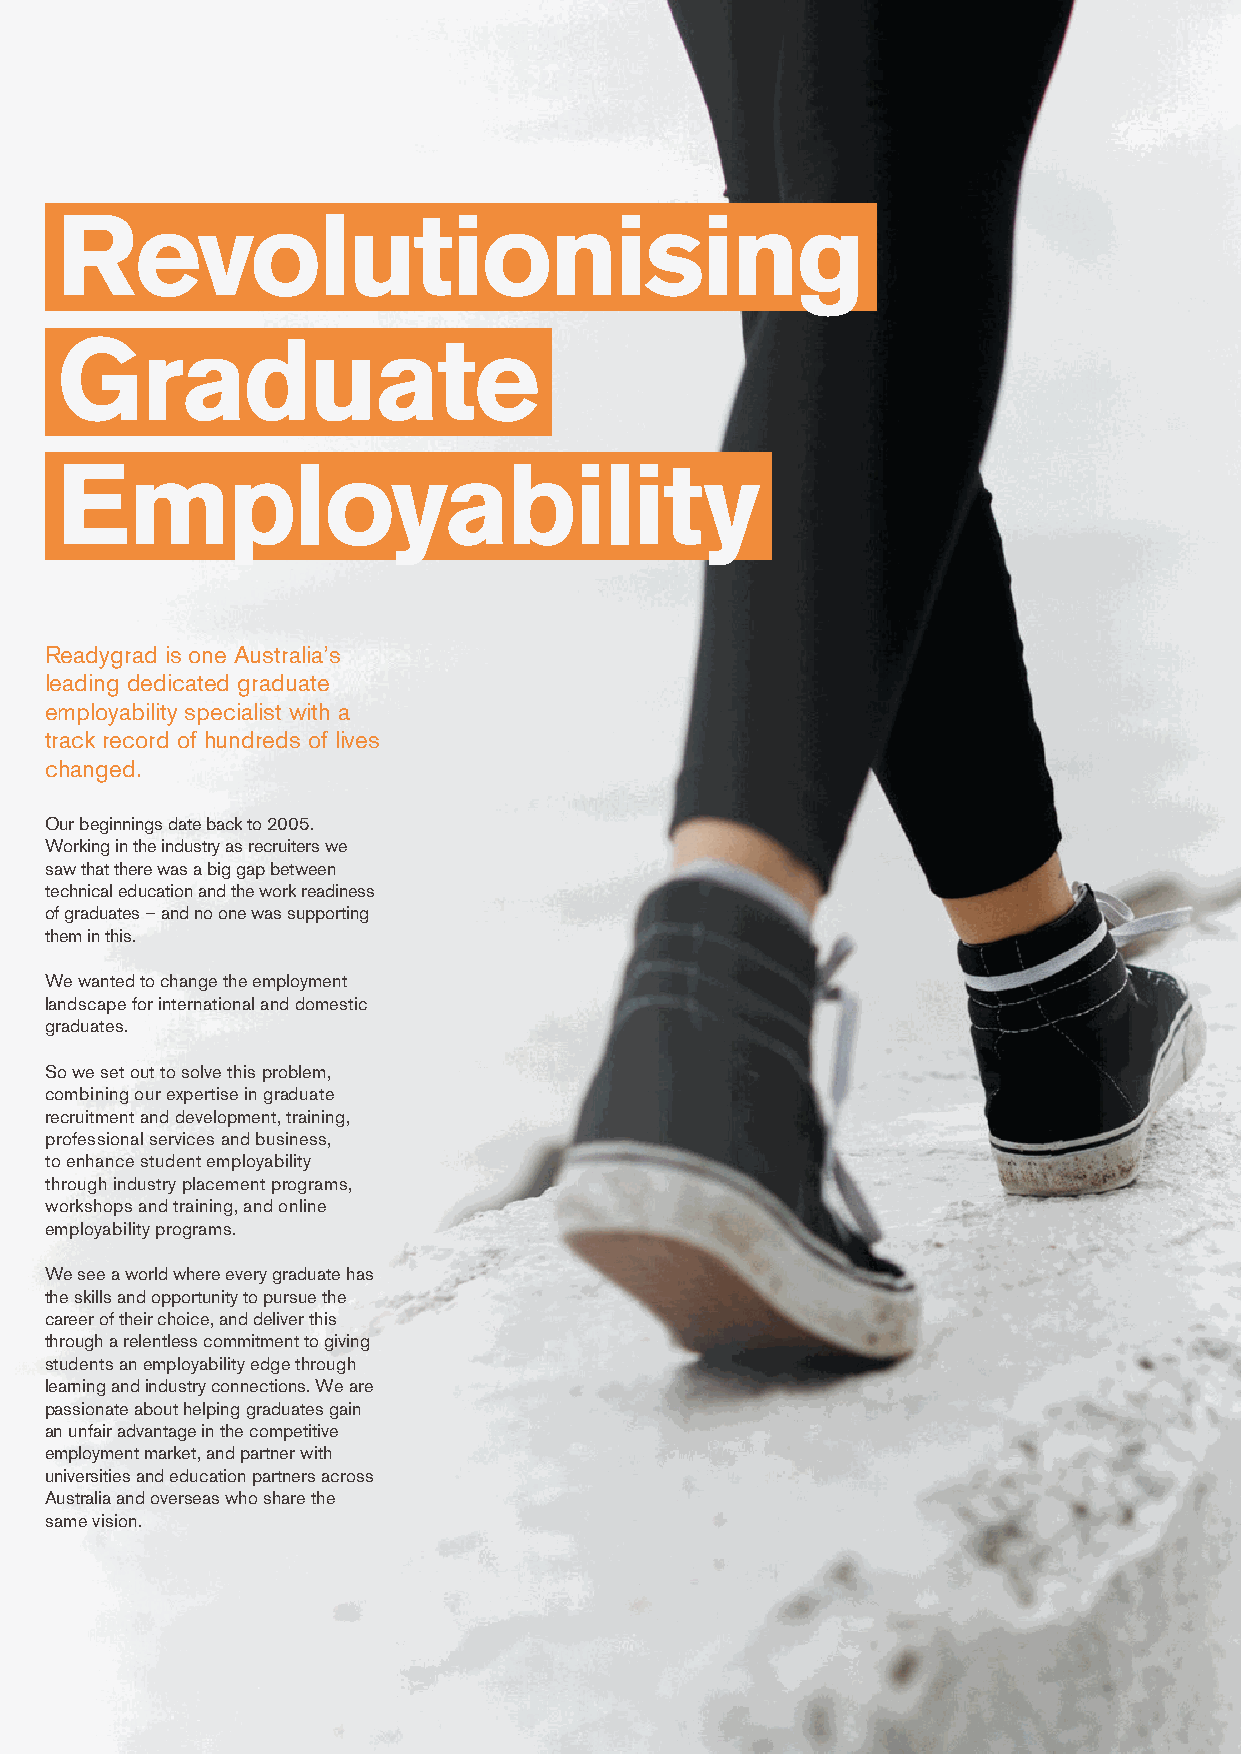
Revolutionising                                                                     The     choice       for
 universities          and
 education          institutes
 Graduate
 Discover why top universities and institutes are
 choosing to partner with Readygrad.
 Employability
 Graduate Recruitment &
 We’ve helped over
 Development Specialists
 25,000
 Our background includes managing graduate recruitment and development
 programs for large corporations including BHP Billiton, Rio Tinto, NAB and BP
 Readygrad is one Australia’s                                                         Australia. Embedded in all our programs is contemporary, best practice graduate graduates get started in their careers
 through our programs
 leading dedicated graduate                                                           recruitment and development expertise, and insight from an employer perspective
 to get graduates kick-started in their careers.
 employability specialist with a
 track record of hundreds of lives
 Access to our network of
 changed.
 Industry Connections                                  5,750+
 Our deep industry connections provide a wealth of opportunities for partners
 Our beginnings date back to 2005.
 looking to offer students relevant industry based placements within our
 Working in the industry as recruiters we                                                                                                   industry partners including some of
 network, and ensures our employability training programs always reflect
 saw that there was a big gap between                                                                                                       Australia’s largest corporations and
 what industry is demanding from graduates today.
 technical education and the work readiness                                                                                                 most recognisable brand names
 of graduates – and no one was supporting
 them in this.
 Collaboration & Partnership
 95%
 We wanted to change the employment
 landscape for international and domestic                                             All of our offerings can be tailored to meet your students’ needs, and are
 graduates.                                                                           designed to build on and enhance your existing graduate employability
 strategy. From in-curriculum consultation and program design, to employability of students would recommend
 So we set out to solve this problem,                                                 training, program delivery and plug-in solutions we work with you to give your Readygrad to a friend
 combining our expertise in graduate                                                  graduates an unfair advantage in a competitive employment market.
 recruitment and development, training,
 professional services and business,                                                                                                        99%
 to enhance student employability                                                     Outstanding Program Outcomes
 through industry placement programs,
 workshops and training, and online                                                   Our programs are designed with clear learning outcomes mapped to critical
 developed their communication,
 employability programs.                                                              employability skills. Participants of our programs report improvements in skill problem solving and career-related
 development towards their final career objectives, increased understanding of skills
 We see a world where every graduate has                                              the professional workplace, and a boost in communication skills and confidence.
 the skills and opportunity to pursue the
 career of their choice, and deliver this
 Specialist WIL placement team
 through a relentless commitment to giving                                            Instant Scalability
 facilitating
 students an employability edge through
 learning and industry connections. We are                                            Our programs offer instant scalability to your existing employability strategy 600+
 passionate about helping graduates gain                                              whether it be online programs, additional workshops and seminars, or access
 an unfair advantage in the competitive                                               to our specialist team and network of companies. With a growing team of
 employment market, and partner with                                                  40+ WIL placement specialists we are able to provide additional resources industry placements a month
 universities and education partners across                                           when and where you need them most.
 Australia and overseas who share the
 same vision.
 Statistics are from a 2018 internship exit evaluation survey of 3,604 students. This information is correct at time of publishing – March 2019.